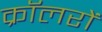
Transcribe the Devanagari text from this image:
क्रॉलरों